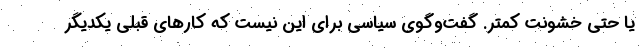
يا حتي خشونت كمتر. گفت‌وگوي سياسي براي اين نيست كه كارهاي قبلي يكديگر